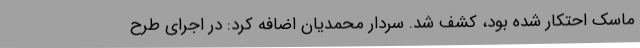
ماسک احتکار شده بود، کشف شد. سردار محمدیان اضافه کرد: در اجرای طرح